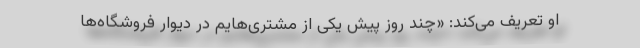
او تعریف می‌کند: «چند روز پیش یکی از مشتری‌هایم در دیوار فروشگاه‌ها